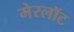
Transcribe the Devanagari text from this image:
मेरलॉट